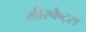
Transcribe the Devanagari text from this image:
मीरकैट्स